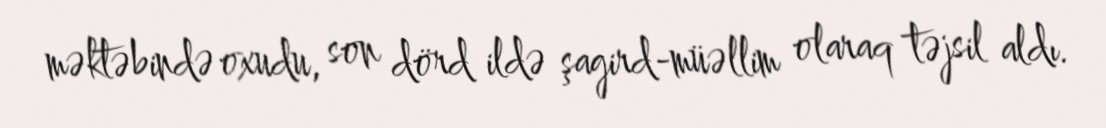
məktəbində oxudu, son dörd ildə şagird-müəllim olaraq təjsil aldı.